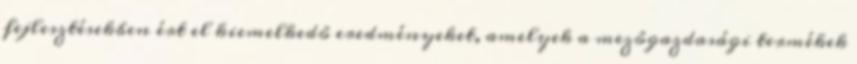
fejlesztésekben ért el kiemelkedô eredményeket, amelyek a mezôgazdasági termékek